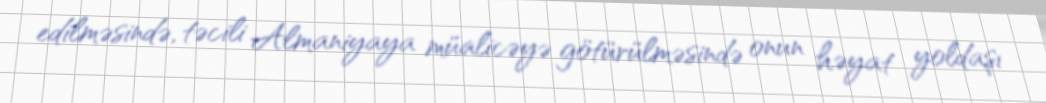
edilməsində, təcili Almaniyaya müalicəyə götürülməsində onun həyat yoldaşı